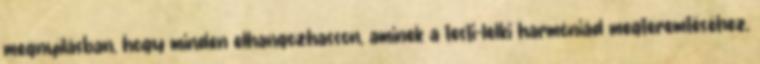
megnyílásban, hogy minden elhangozhasson, aminek a testi-lelki harmóniád megteremtéséhez,